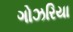
ગોઝરિયા